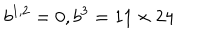
LaTeX: b ^ { 1 , 2 } = 0 , b ^ { 3 } = 1 1 \times 2 4